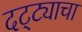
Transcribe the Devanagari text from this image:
दट्ट्याचा